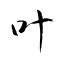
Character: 叶